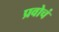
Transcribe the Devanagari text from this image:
प्रवोचं